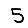
Digit: 5